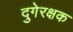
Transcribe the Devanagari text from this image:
दुगेरक्षक